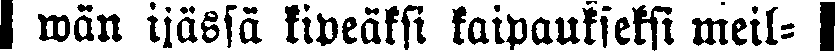
# wän ijässä kipeäksi kaipaukseksi meil- #